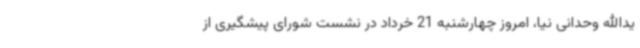
یدالله وحدانی نیا، امروز چهارشنبه 21 خرداد در نشست شورای پیشگیری از